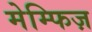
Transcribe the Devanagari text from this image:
मेम्फिज़